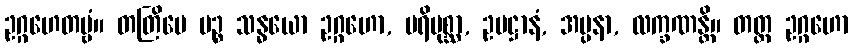
ဥဂ္ဂဟေတဗ္ဗံ။ တတြိမေ ပဉ္စ သန္ဓယော ဥဂ္ဂဟော, ပရိပုစ္ဆာ, ဥပဋ္ဌာနံ, အပ္ပနာ, လက္ခဏန္တိ။ တတ္ထ ဥဂ္ဂဟော